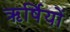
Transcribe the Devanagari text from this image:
ऋर्षियों